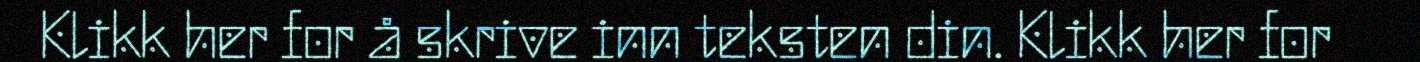
Klikk her for å skrive inn teksten din. Klikk her for